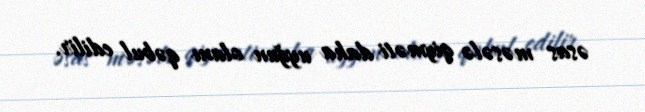
əsas məsələ qiyməti daha uyğun olanı qəbul edilir.